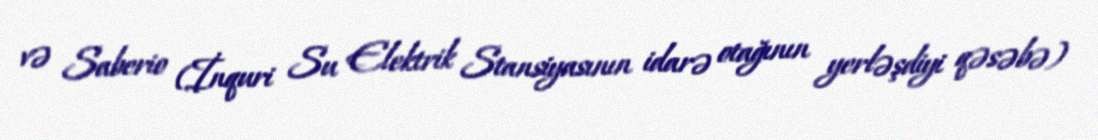
və Saberio (İnquri Su Elektrik Stansiyasının idarə otağının yerləşdiyi qəsəbə)